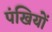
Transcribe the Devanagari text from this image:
पंखियों